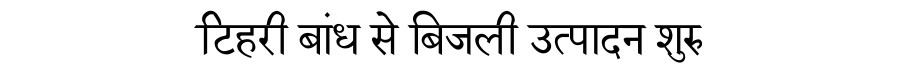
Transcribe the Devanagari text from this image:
टिहरी बांध से बिजली उत्पादन शुरु